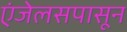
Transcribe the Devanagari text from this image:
एंजेलसपासून